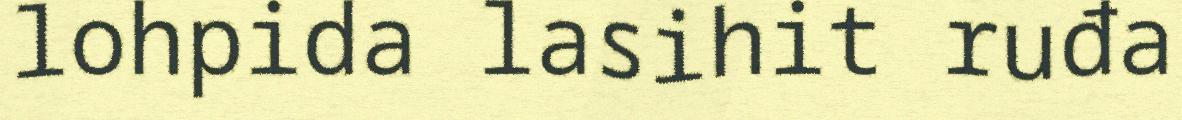
lohpida lasihit ruđa